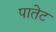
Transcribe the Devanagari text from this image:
पातेट